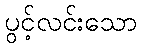
ပွင့်လင်းသော